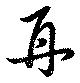
再